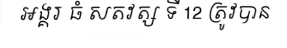
អង្គរ ធំ សតវត្ស ទី 12 ត្រូវបាន